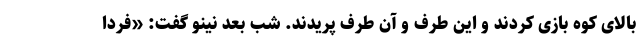
بالای کوه بازی کردند و این طرف و آن طرف پریدند. شب بعد نینو گفت: «فردا